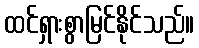
ထင်ရှားစွာမြင်နိုင်သည်။